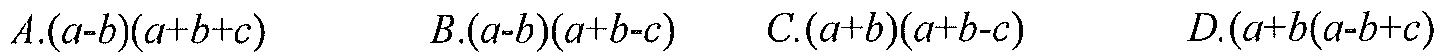
$A.(a - b)(a + b + c)\quad B.(a - b)(a + b - c)\quad C.(a + b)(a + b - c)\quad D.(a + b)(a - b + c)$